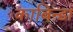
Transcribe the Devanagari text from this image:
काबिन्डा